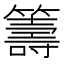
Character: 籌